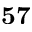
\mathbf { 5 7 }